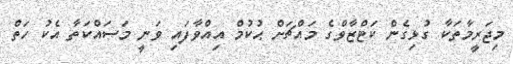
މިޖަރީމާތަކާ ގުޅިގެން ކަޓްޒާވްގެ މައްޗަށް ޙުކުމް އިއްވާފައި ވަނީ މަސައްކަތާ އެކު ހަތް